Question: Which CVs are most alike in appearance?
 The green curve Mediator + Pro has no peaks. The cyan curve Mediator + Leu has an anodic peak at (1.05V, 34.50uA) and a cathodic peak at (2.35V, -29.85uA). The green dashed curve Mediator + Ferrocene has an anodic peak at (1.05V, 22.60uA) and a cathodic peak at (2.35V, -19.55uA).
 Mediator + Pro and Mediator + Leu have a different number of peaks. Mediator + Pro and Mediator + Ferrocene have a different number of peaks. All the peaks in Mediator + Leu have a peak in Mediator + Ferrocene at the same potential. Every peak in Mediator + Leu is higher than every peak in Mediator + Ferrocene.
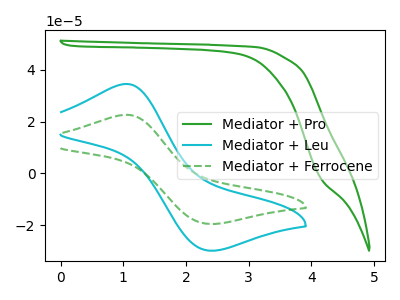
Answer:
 <answer>"Mediator + Leu" and "Mediator + Ferrocene" have the same shape and are likely CV's of the same chemical.</answer>
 <eval>"Mediator + Leu" "Mediator + Ferrocene"</eval>